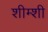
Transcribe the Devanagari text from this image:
शीम्शी